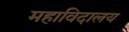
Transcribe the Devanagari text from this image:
महाविदालय